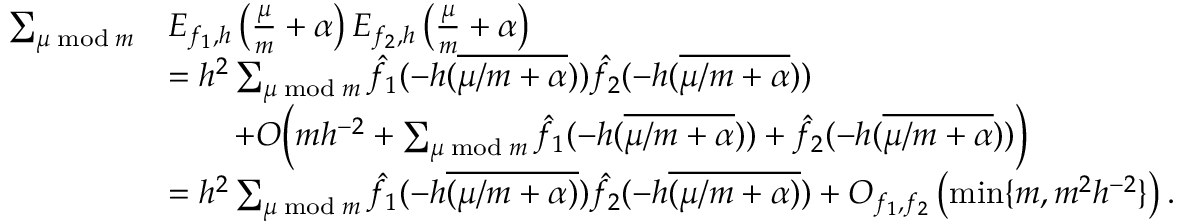
\begin{array} { r l } { \sum _ { \substack { \mu \bmod m } } } & { E _ { f _ { 1 } , h } \left( \frac { \mu } { m } + \alpha \right) E _ { f _ { 2 } , h } \left( \frac { \mu } { m } + \alpha \right) } \\ & { = h ^ { 2 } \sum _ { \substack { \mu \bmod m } } \hat { f _ { 1 } } ( - h ( \overline { { \mu / m + \alpha } } ) ) \hat { f _ { 2 } } ( - h ( \overline { { \mu / m + \alpha } } ) ) } \\ & { \qquad + O \Big ( m h ^ { - 2 } + \sum _ { \substack { \mu \bmod m } } \hat { f } _ { 1 } ( - h ( \overline { { \mu / m + \alpha } } ) ) + \hat { f } _ { 2 } ( - h ( \overline { { \mu / m + \alpha } } ) ) \Big ) } \\ & { = h ^ { 2 } \sum _ { \substack { \mu \bmod m } } \hat { f _ { 1 } } ( - h \overline { { ( \mu / m + \alpha ) } } ) \hat { f _ { 2 } } ( - h \overline { { ( \mu / m + \alpha ) } } ) + O _ { f _ { 1 } , f _ { 2 } } \left( \operatorname* { m i n } \{ m , m ^ { 2 } h ^ { - 2 } \} \right) . } \end{array}